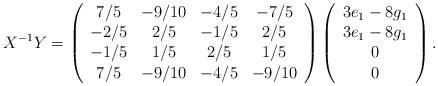
LaTeX: \begin{align*}X^{-1}Y=\left(\begin{array}{cccc} 7/5&-9/10&-4/5&-7/5\\ -2/5&2/5&-1/5&2/5\\-1/5&1/5&2/5&1/5\\7/5&-9/10&-4/5&-9/10\\ \end{array} \right) \left( \begin{array}{c} 3e_1-8g_1\\ 3e_1-8g_1\\ 0\\ 0\\ \end{array} \right). \end{align*}